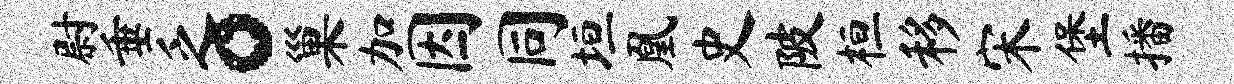
尉垂乏。巢加因同垣凰史陂桓移宋堡播